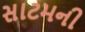
સાટમની